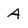
Character: A